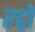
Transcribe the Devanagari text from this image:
रद्दो